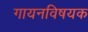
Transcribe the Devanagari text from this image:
गायनविषयक